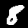
Digit: 8